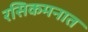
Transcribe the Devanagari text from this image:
रसिकमनात